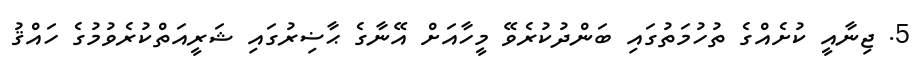
5. ޖިނާއީ ކުށެއްގެ ތުހުމަތުގައި ބަންދުކުރެވޭ މީހާއަށް އޭނާގެ ޙާޟިރުގައި ޝަރީއަތްކުރެވުމުގެ ހައްޤު